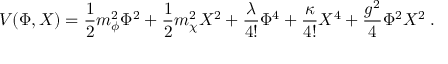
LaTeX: V ( \Phi , X ) = \frac 1 2 m _ { \phi } ^ { 2 } \Phi ^ { 2 } + \frac 1 2 m _ { \chi } ^ { 2 } X ^ { 2 } + \frac { \lambda } { 4 ! } \Phi ^ { 4 } + \frac { \kappa } { 4 ! } X ^ { 4 } + \frac { g ^ { 2 } } { 4 } \Phi ^ { 2 } X ^ { 2 } \; .